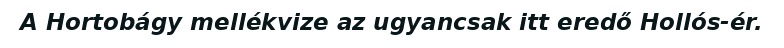
A Hortobágy mellékvize az ugyancsak itt eredő Hollós-ér.